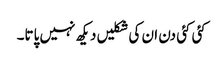
کئی کئی دن ان کی شکلیں دیکھ نہیں پاتا۔